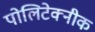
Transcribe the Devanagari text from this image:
पोलिटेक्नीक